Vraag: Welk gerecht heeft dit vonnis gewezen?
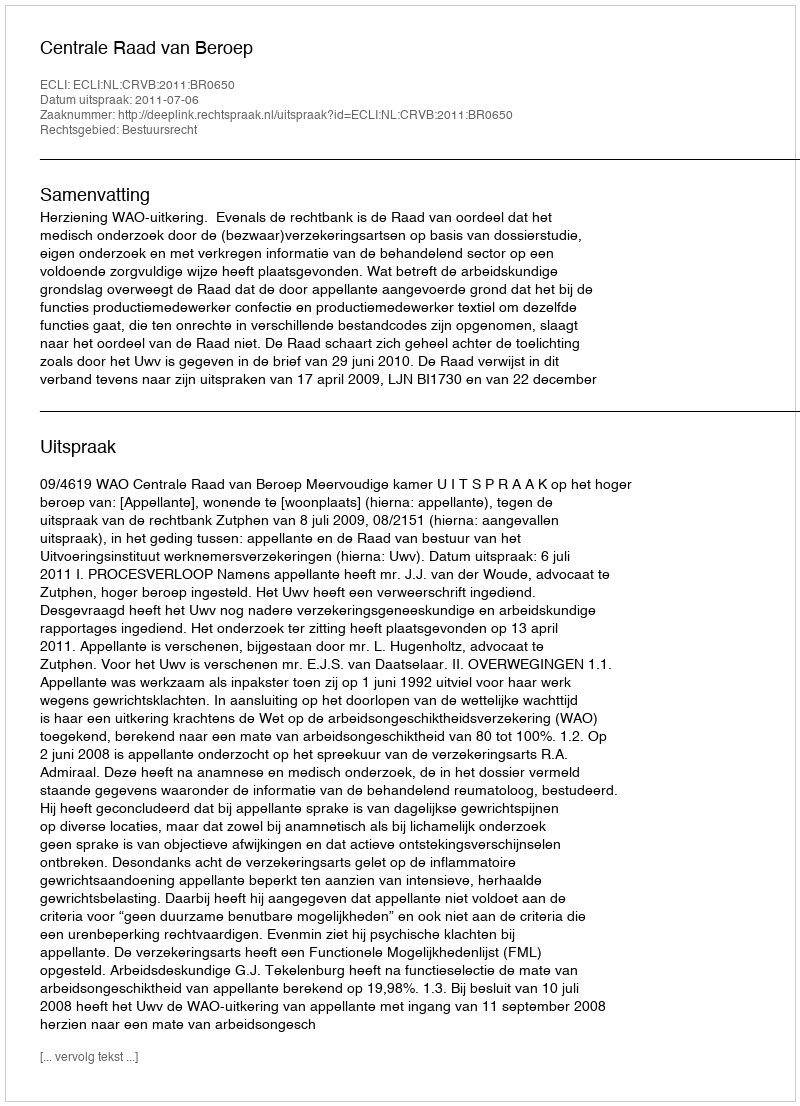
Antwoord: Centrale Raad van Beroep